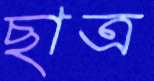
ছাত্র